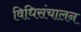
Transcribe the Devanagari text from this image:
विधिसंचालन